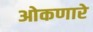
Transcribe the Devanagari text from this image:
ओकणारे